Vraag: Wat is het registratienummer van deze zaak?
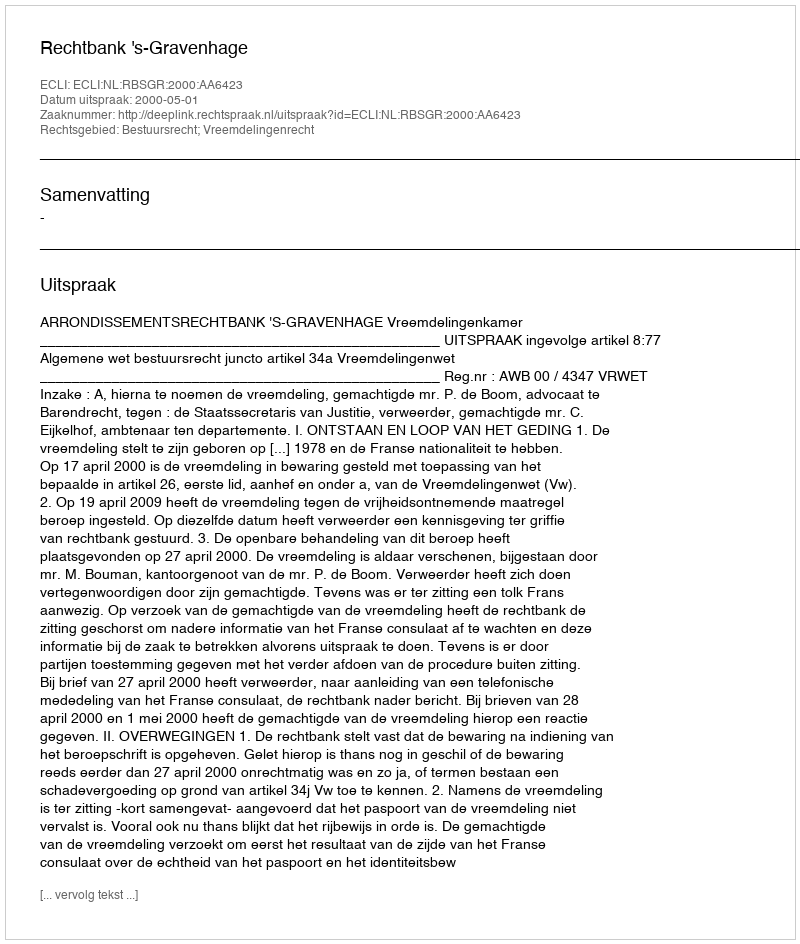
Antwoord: http://deeplink.rechtspraak.nl/uitspraak?id=ECLI:NL:RBSGR:2000:AA6423